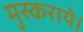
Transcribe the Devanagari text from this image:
मुस्कराये।